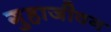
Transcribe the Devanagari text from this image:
गुहाजीवन